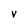
Character: v